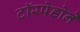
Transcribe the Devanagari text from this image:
टॉरपेडोने